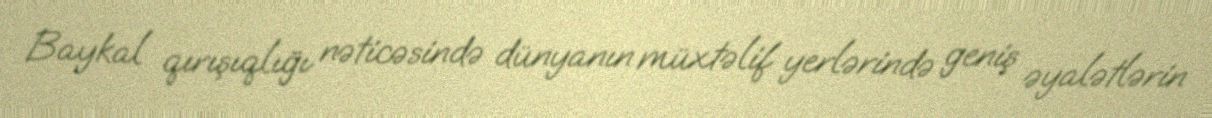
Baykal qırışıqlığı nəticəsində dünyanın müxtəlif yerlərində geniş əyalətlərin